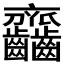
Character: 𪚎